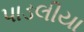
પાડલીયા